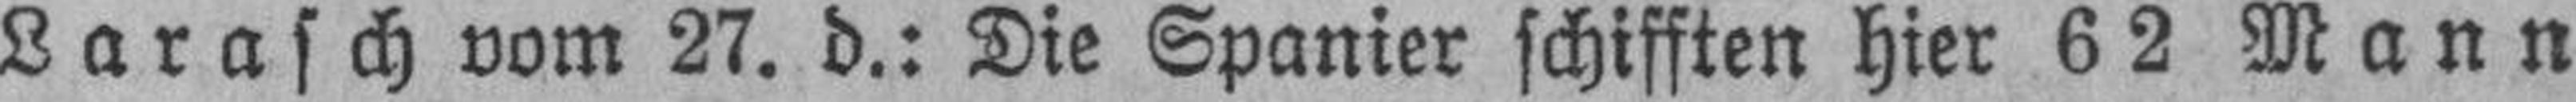
Larasch vom 27. d.: Die Spanier schifften hier 62 Mann